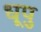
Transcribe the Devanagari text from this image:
धूपु